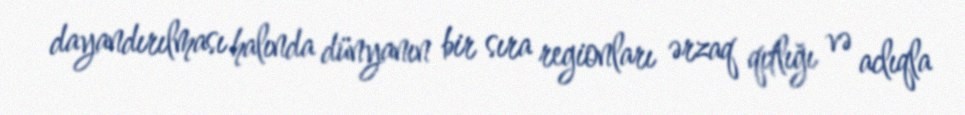
dayandırılması halında dünyanın bir sıra regionları ərzaq qıtlığı və aclıqla